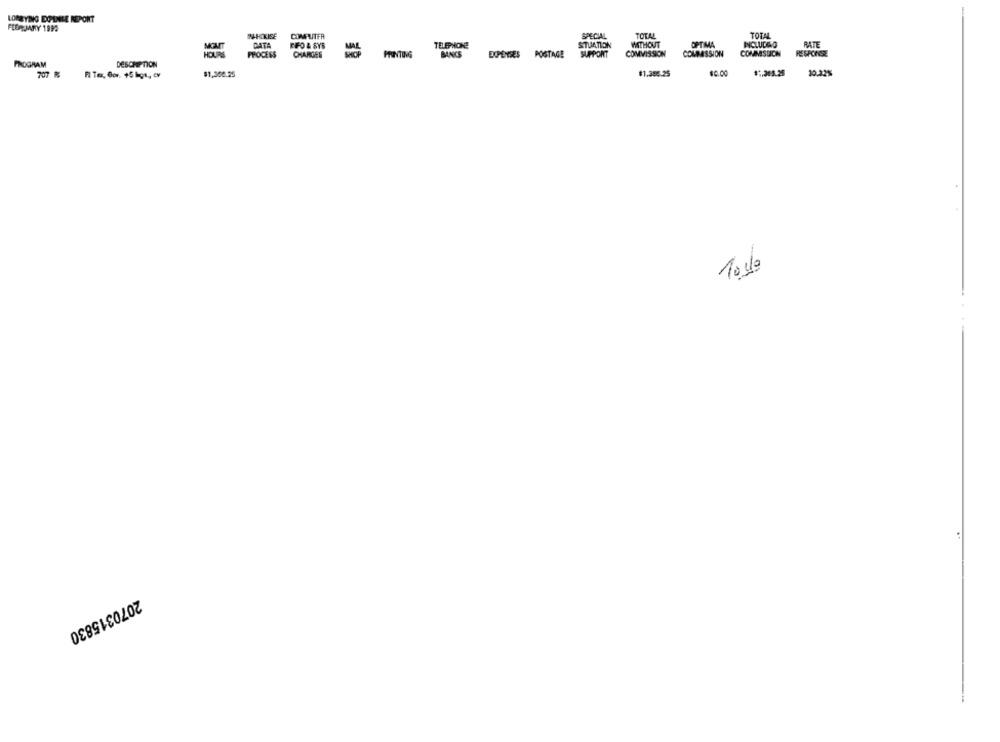
LORRYING DOPENSE REPORT
FEBRUARY 1999
INHOKISE
COMPUTER
SPECIAL
TOTAL
TOTAL
MOMT
DATA
FFO & SYS
TELEPHONE
SITUATION
WITHOUT
OPTIMA
INCLUDED
RATE
PROCESS
CHARGES
BANCS
EXPENSES POSTAGE
SUPPORT
COMMISSION
COMPASSION
COMMSSICH
RESPONSE
PRINTING
PROGRAM
DESCRIPTION
707 R
$1,350.25
$1.385.25
$0.00
30.32%
10 slo
44
2070315830